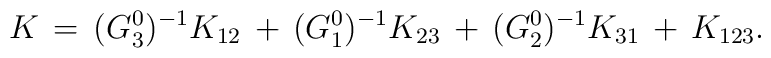
K\,=\,(G^0_3)^{-1}K_{12}\,+\,(G^0_1)^{-1}K_{23}\,+\,(G^0_2)^{-1}K_{31}\,+\,K_{123}.